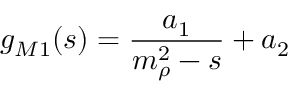
g _ { M 1 } ( s ) = \frac { a _ { 1 } } { m _ { \rho } ^ { 2 } - s } + a _ { 2 }